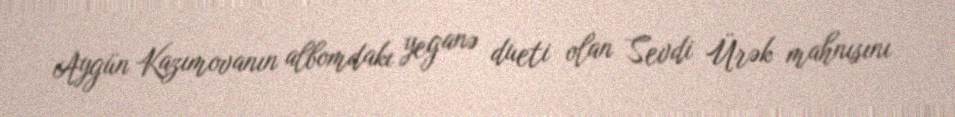
Aygün Kazımovanın albomdakı yeganə dueti olan Sevdi Ürək mahnısını